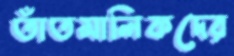
তাঁতমালিকদের